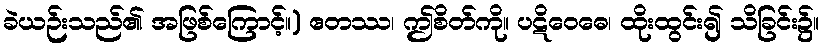
ခဲယဉ်းသည်၏ အဖြစ်ကြောင့်။) ဧတဿ၊ ဤစိတ်ကို။ ပဋိဝေဓေ၊ ထိုးထွင်း၍ သိခြင်း၌။